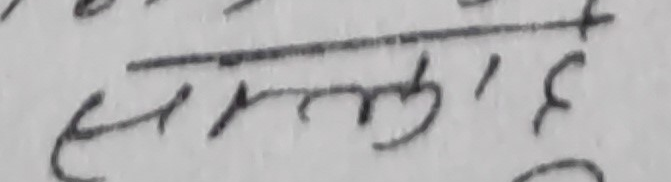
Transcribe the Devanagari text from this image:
एमएल ३,